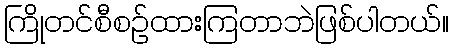
ကြိုတင်စီစဉ်ထားကြတာဘဲဖြစ်ပါတယ်။